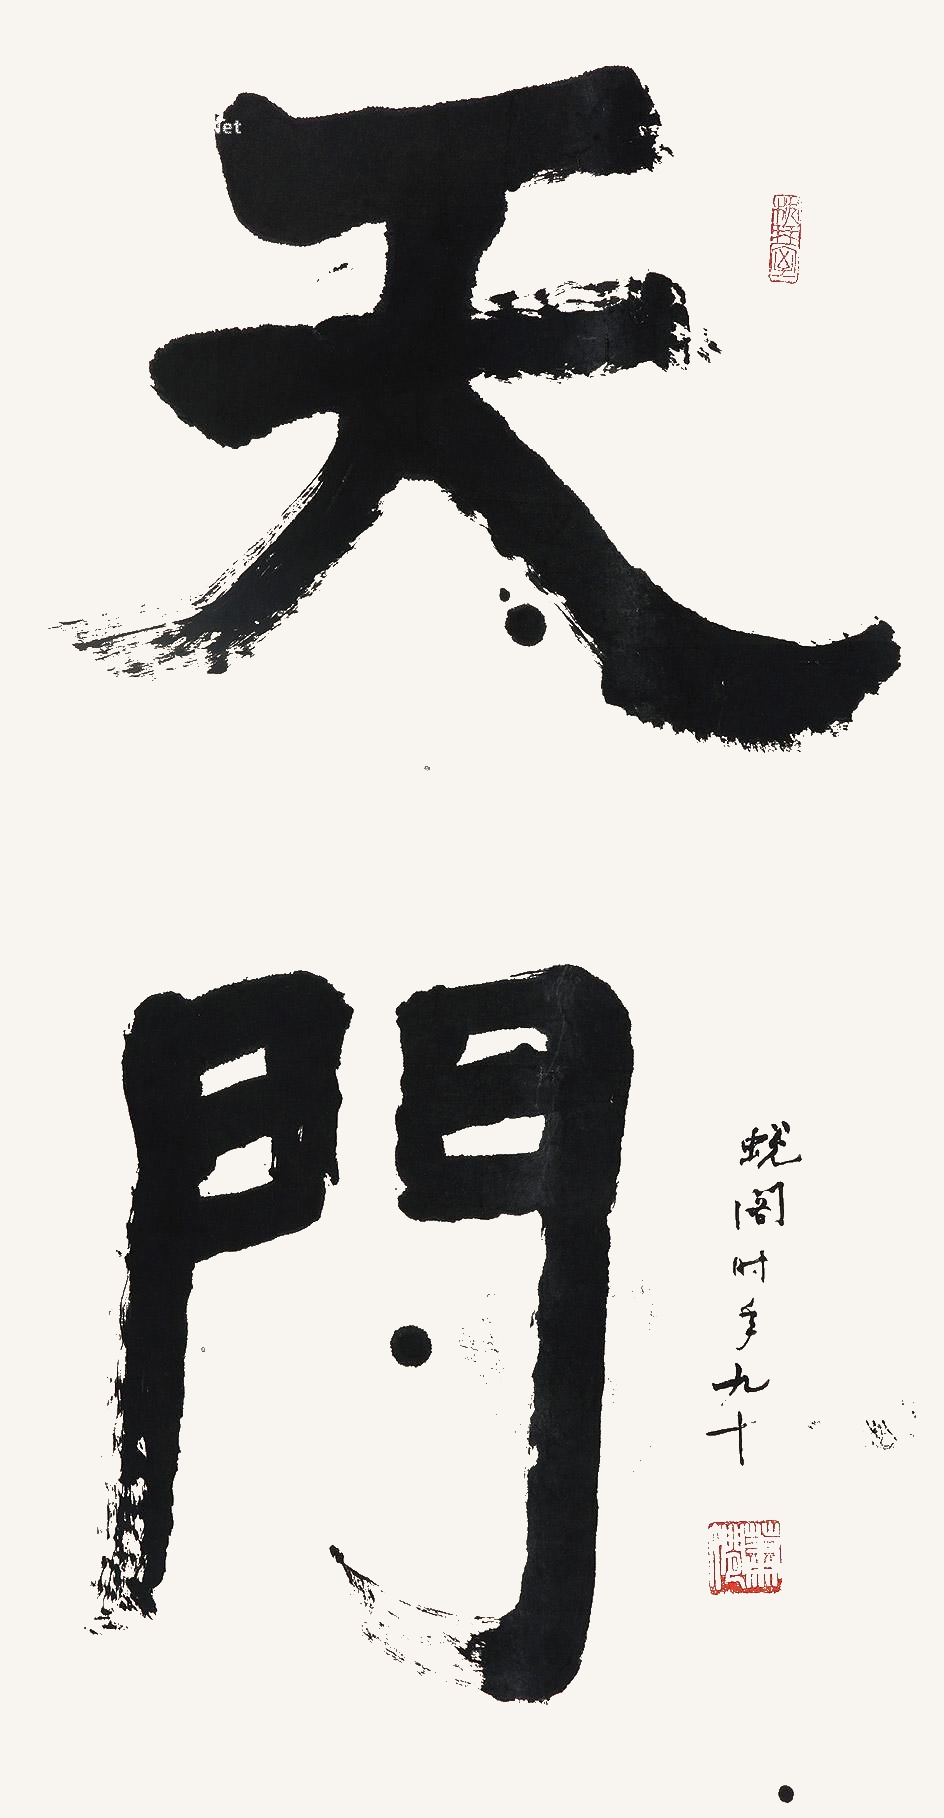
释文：天门蜕阁时年九十。